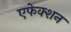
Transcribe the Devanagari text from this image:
एफेक्शन